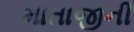
માતાજીની